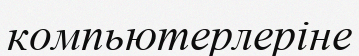
компьютерлеріне